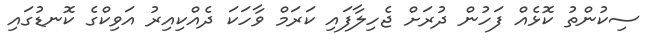
ސިކުންތު ކޮޅެއް ފަހުން ދުރަށް ޖެހިލާފައި ކަރަމް ވާހަކަ ދެއްކިއިރު އަވިކްގެ ކޮނޑުގައި